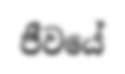
ජීවයේ